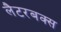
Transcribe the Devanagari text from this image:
लैटरबक्स